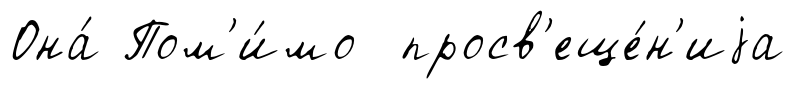
Она́ Пом'и́мо просв'еще́н'иjа